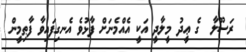
ރަސޫލާ  ގެ ޢީދު މީލާދީ އަކީ އެއްމެނަށް ފާޅުވެ އެނގިފައިވާ ފާޠިމީން